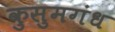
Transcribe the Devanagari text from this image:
कुसुमगंध